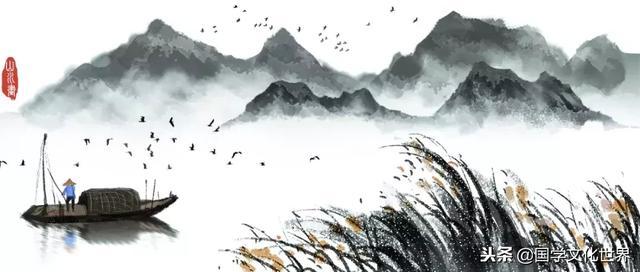
衰兰送客咸阳道，天若有情天亦老。